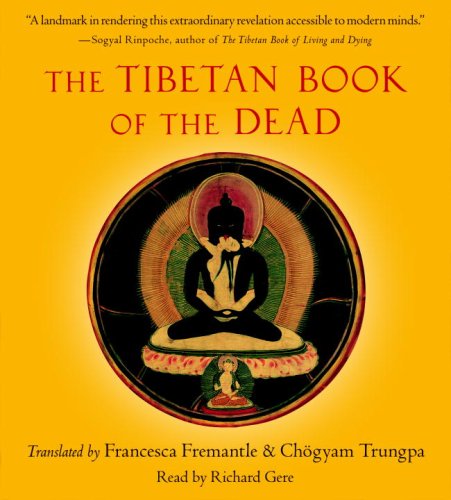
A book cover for The Tibetan Book of the Dead; Religion & Spirituality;